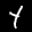
Label: 4